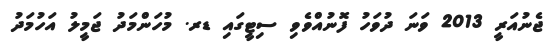
ޖެނުއަރީ 2013 ވަނަ ދުވަހު ފޮނުއްވެވި ސިޓީގައި ޑރ. މުހަންމަދު ޖަމީލު އަހުމަދު